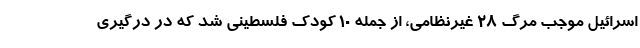
اسرائیل موجب مرگ 28 غیرنظامی، از جمله 10 کودک فلسطینی شد که در درگیری